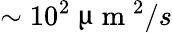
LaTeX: \sim 10^{2}~\upmu\mathrm{~m~}^{2}/s